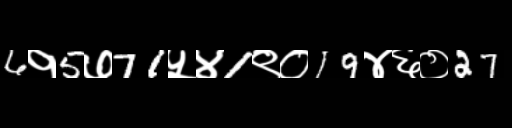
Text: 6१5७71५४1९०19४६०27